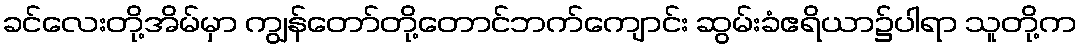
ခင်လေးတို့အိမ်မှာ ကျွန်တော်တို့တောင်ဘက်ကျောင်း ဆွမ်းခံဧရိယာ၌ပါရာ သူတို့က